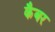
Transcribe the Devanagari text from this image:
कैबर